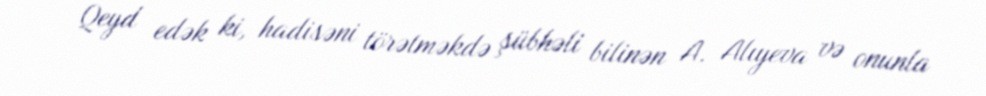
Qeyd edək ki, hadisəni törətməkdə şübhəli bilinən A. Alıyeva və onunla